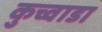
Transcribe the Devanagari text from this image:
कुच्वाडा